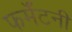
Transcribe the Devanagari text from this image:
फर्मॅटनी